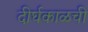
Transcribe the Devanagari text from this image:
दीर्घकाळची